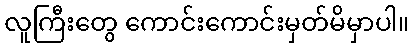
လူကြီးတွေ ကောင်းကောင်းမှတ်မိမှာပါ။